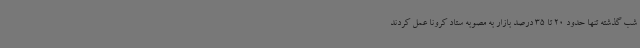
شب گذشته تنها حدود 20 تا 35 درصد بازار به مصوبه ستاد کرونا عمل کردند